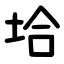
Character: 垥